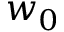
w _ { 0 }